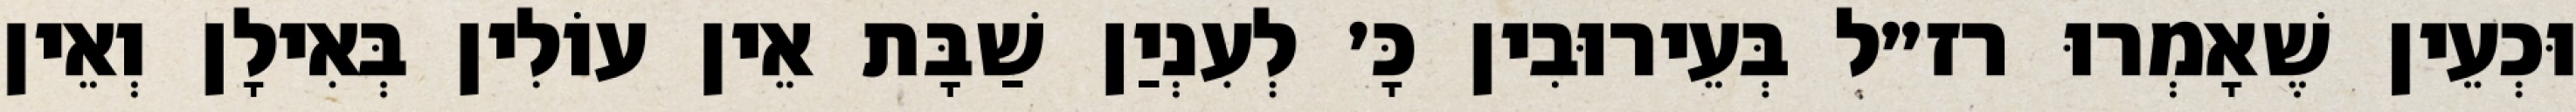
וּכְעֵין שֶׁאָמְרוּ רז״ל בְּעֵירוּבִין כָּ׳ לְעִנְיַן שַׁבָּת אֵין עוֹלִין בְּאִילָן וְאֵין